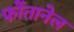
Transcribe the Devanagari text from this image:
फोंतानेल